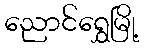
ညောင်ရွှေမြို့